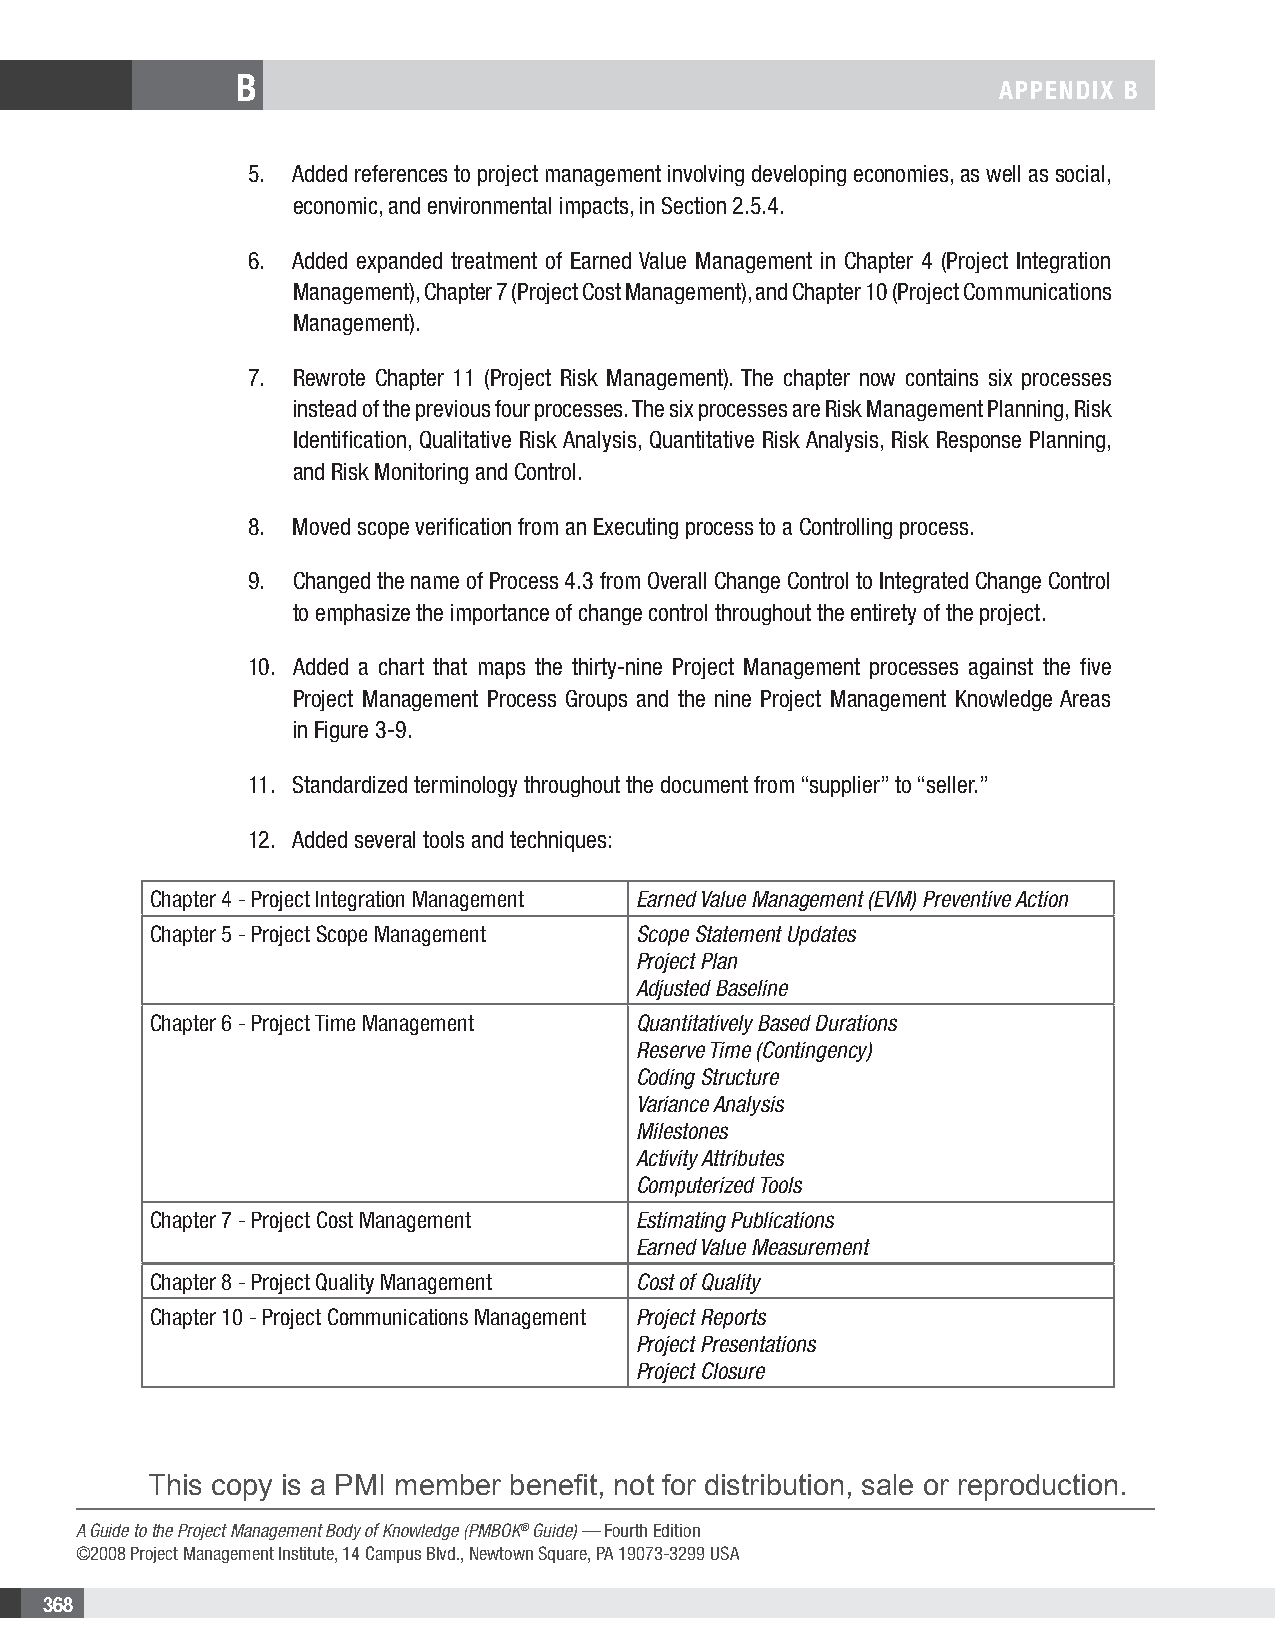
B
 APPENDIX B
 5. Added references to project management involving developing economies, as well as social,
 economic, and environmental impacts, in Section 2.5.4.
 6. Added expanded treatment of Earned Value Management in Chapter 4 (Project Integration
 Management), Chapter 7 (Project Cost Management), and Chapter 10 (Project Communications
 Management).
 7. Rewrote Chapter 11 (Project Risk Management). The chapter now contains six processes
 instead of the previous four processes. The six processes are Risk Management Planning, Risk
 Identification, Qualitative Risk Analysis, Quantitative Risk Analysis, Risk Response Planning,
 and Risk Monitoring and Control.
 8. Moved scope verification from an Executing process to a Controlling process.
 9. Changed the name of Process 4.3 from Overall Change Control to Integrated Change Control
 to emphasize the importance of change control throughout the entirety of the project.
 10. Added a chart that maps the thirty-nine Project Management processes against the five
 Project Management Process Groups and the nine Project Management Knowledge Areas
 in Figure 3-9.
 11. Standardized terminology throughout the document from “supplier” to “seller.”
 12. Added several tools and techniques:
 Chapter 4 - Project Integration Management Earned Value Management (EVM) Preventive Action
 Chapter 5 - Project Scope Management Scope Statement Updates
 Project Plan
 Adjusted Baseline
 Chapter 6 - Project Time Management Quantitatively Based Durations
 Reserve Time (Contingency)
 Coding Structure
 Variance Analysis
 Milestones
 Activity Attributes
 Computerized Tools
 Chapter 7 - Project Cost Management Estimating Publications
 Earned Value Measurement
 Chapter 8 - Project Quality Management Cost of Quality
 Chapter 10 - Project Communications Management Project Reports
 Project Presentations
 Project Closure
 This copy is a PMI member benefit, not for distribution, sale or reproduction.
 A Guide to the Project Management Body of Knowledge (PMBOK® Guide) — Fourth Edition
 ©2008 Project Management Institute, 14 Campus Blvd., Newtown Square, PA 19073-3299 USA
 368